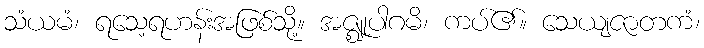
သံယမံ၊ ရသေ့ရဟန်းအဖြစ်သို့။ အဇ္ဈုပါဂမိ၊ ကပ်၏။ သေယျဇာတကံ၊